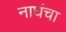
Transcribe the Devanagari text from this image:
नाघंचा